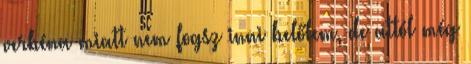
verbéna miatt nem fogsz inni belőlem, de attól még